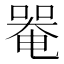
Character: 𠼅